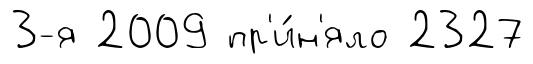
3-я 2009 пр'и́н'яло 2327